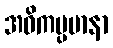
အဝိကမ္ပမာနာ